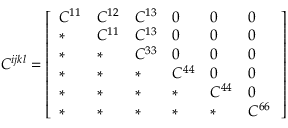
C ^ { i j k l } = \left[ \begin{array} { l l l l l l } { C ^ { 1 1 } } & { C ^ { 1 2 } } & { C ^ { 1 3 } } & { 0 } & { 0 } & { 0 } \\ { * } & { C ^ { 1 1 } } & { C ^ { 1 3 } } & { 0 } & { 0 } & { 0 } \\ { * } & { * } & { C ^ { 3 3 } } & { 0 } & { 0 } & { 0 } \\ { * } & { * } & { * } & { C ^ { 4 4 } } & { 0 } & { 0 } \\ { * } & { * } & { * } & { * } & { C ^ { 4 4 } } & { 0 } \\ { * } & { * } & { * } & { * } & { * } & { C ^ { 6 6 } \, } \end{array} \right]